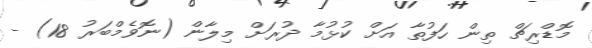
މޮޑްރިޗް ތިން ހަފުތާ އަށް ކުޅުމާ ދުރަށް މިލާން (ނޮވެމްބަރު 18) -